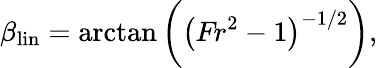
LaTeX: \beta_{\mathrm{lin}}=\arctan{\biggl(\bigl(\textit{Fr}^{2}-1\bigl)^{-1/2}}\biggl),